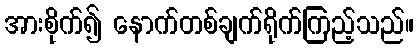
အားစိုက်၍ နောက်တစ်ချက်ရိုက်ကြည့်သည်။